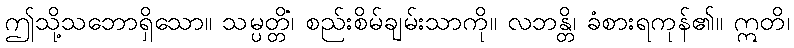
ဤသို့သဘောရှိသော။ သမ္ပတ္တိံ၊ စည်းစိမ်ချမ်းသာကို။ လဘန္တိ၊ ခံစားရကုန်၏။ ဣတိ၊